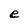
Character: e